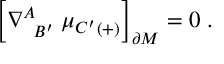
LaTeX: \Bigr [ \nabla _ { \; \; B ^ { \prime } } ^ { A } \; { \mu _ { C ^ { \prime } } } _ { ( + ) } \Bigr ] _ { \partial M } = 0 \; .